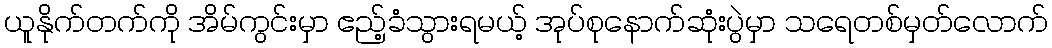
ယူနိုက်တက်ကို အိမ်ကွင်းမှာ ဧည့်ခံသွားရမယ့် အုပ်စုနောက်ဆုံးပွဲမှာ သရေတစ်မှတ်လောက်